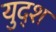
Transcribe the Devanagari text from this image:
युद्श